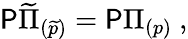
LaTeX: {\cal\mathsf{P}}\widetilde{\Pi}_{(\widetilde{p})}={\cal\mathsf{P}}\Pi_{(p)}\ ,